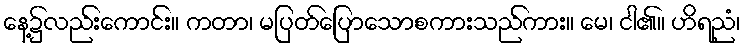
နေ့၌လည်းကောင်း။ ကတာ၊ မပြတ်ပြောသောစကားသည်ကား။ မေ၊ ငါ၏။ ဟိရညံ၊